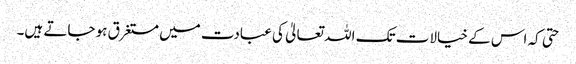
حتی کہ اس کے خیالات تک اللہ تعالیٰ کی عبادت میں مستغرق ہو جاتے ہیں۔